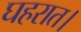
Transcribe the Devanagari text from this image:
घहरात।